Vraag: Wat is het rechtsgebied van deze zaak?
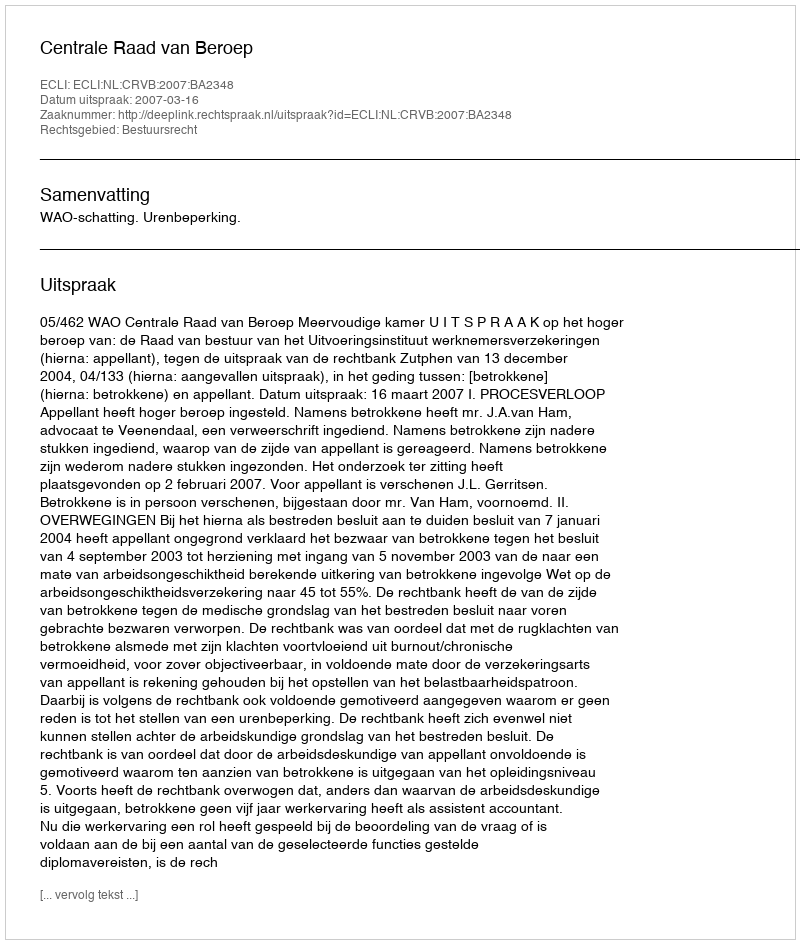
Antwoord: Bestuursrecht